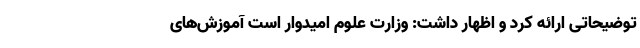
توضیحاتی ارائه کرد و اظهار داشت: وزارت علوم امیدوار است آموزش‌های